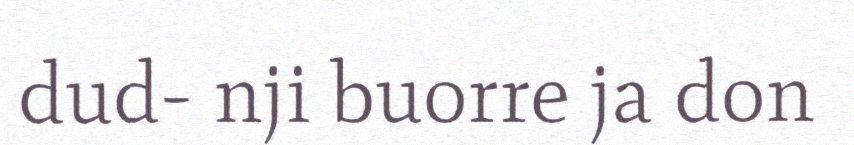
dud- nji buorre ja don